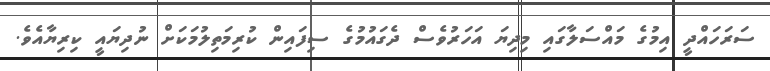
ސަރަހައްދީ އިމުގެ މައްސަލާގައި މިދިޔަ އަހަރުވެސް ދެގައުމުގެ ސިފައިން ކުރިމަތިލުމަކަށް ނުދިޔައީ ކިރިޔާއެވެ.